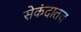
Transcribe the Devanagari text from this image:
सेकंदातच